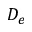
D _ { e }